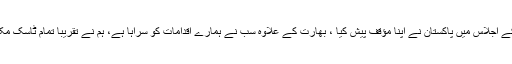
وزیر خارجہ نے کہا کہ پیرس میں ایف اے ٹی ایف کے اجلاس میں پاکستان نے اپنا مؤقف پیش کیا ، بھارت کے علاوہ سب نے ہمارے اقدامات کو سراہا ہے، ہم نے تقریباً تمام ٹاسک مکمل کرلئے ہیں چار ماہ میں لسٹ سے نکل سکیں گے۔